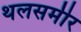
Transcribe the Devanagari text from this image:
थलसमीर